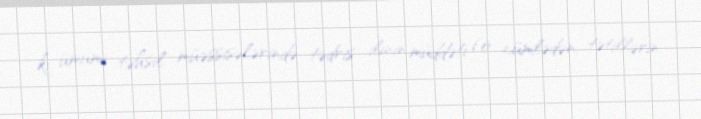
ki, ümumi təhsil müəssisələrində tədris ilinin müddəti (o cümlədən, tətillərin